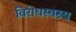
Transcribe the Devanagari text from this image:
विरोधस्वरुप